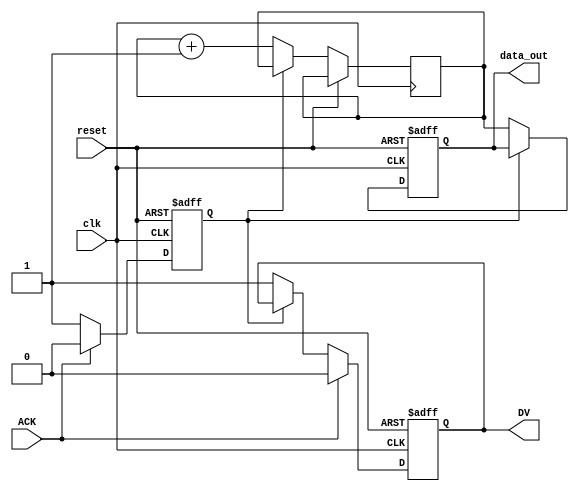
module Producer (
    input wire clk,            // Clock for simulation purposes
    input wire reset,          // Reset signal
    output reg [7:0] data_out, // Data output to consumer
    output reg DV,            // Data Valid signal
    input wire ACK            // Acknowledgment signal from consumer
);
    reg [7:0] data_buffer;    // Buffer to hold data to send
    reg data_ready;           // Flag to indicate data is ready

    always @(posedge clk or posedge reset) begin
        if (reset) begin
            data_out <= 8'b0;
            DV <= 1'b0;
            data_ready <= 1'b0;
        end else begin
            if (!data_ready) begin
                // Load new data into buffer (for example, incrementing data)
                data_buffer <= data_buffer + 1;
                data_out <= data_buffer;
                DV <= 1'b1; // Assert DV to indicate data is valid
                data_ready <= 1'b1; // Data is ready to be sent
            end
            
            if (ACK) begin
                // Acknowledgment received, prepare for next data
                DV <= 1'b0; // Deassert DV
                data_ready <= 1'b0; // Reset data ready flag
            end
        end
    end
endmodule